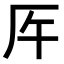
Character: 𠨺